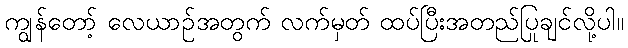
ကျွန်တော့် လေယာဉ်အတွက် လက်မှတ် ထပ်ပြီးအတည်ပြုချင်လို့ပါ။